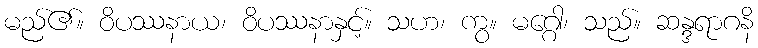
မည်၏။ ဝိပဿနာယ၊ ဝိပဿနာနှင့်။ သဟ၊ ကွ။ မဂ္ဂေါ၊ သည်။ ဆန္ဒရာဂနိ